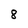
Character: 8